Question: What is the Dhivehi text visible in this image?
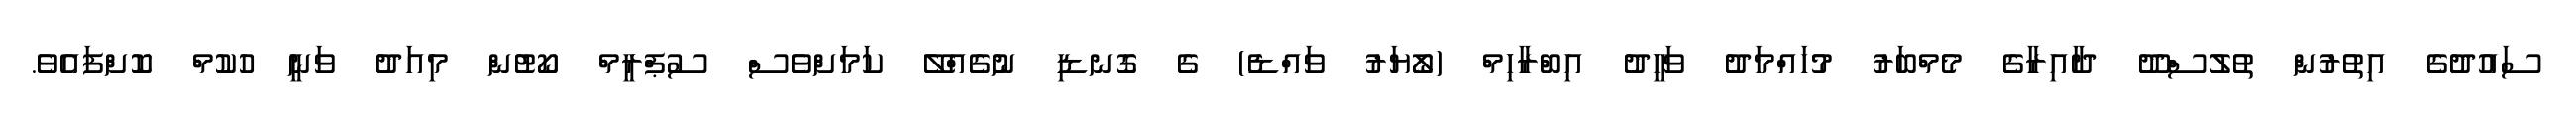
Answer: ސައުދުގެ އިތުރުން ތުލުސްދޫ ދާއިރާގެ މެމްބަރު މުހައްމަދު ވަހީދު އިބްރާހިމް (ލޯޔަރު ވައްޑެ) ގެ ގޮނޑި ނުގެއްލޭ ކަމަށްވެސް ސުޕްރީމް ކޯޓުން މިއަދު ވަނީ ހުކުމް ކޮށްފައެވެ.